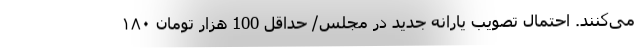
می‌کنند. احتمال تصویب یارانه جدید در مجلس/ حداقل 100 هزار تومان ۱۸۰